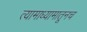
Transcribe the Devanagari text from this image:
त्यामाध्यामातूनच